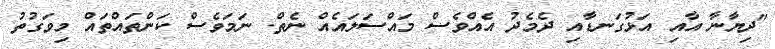
"ދިޔާނާ އާއި އަޅުގަނޑާއި ދެމެދު އެއްވެސް މައްސަލައެއް ނެތް. ނަމަވެސް ކަންތައްތައް މިވަގުތު